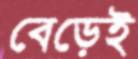
বেড়েই